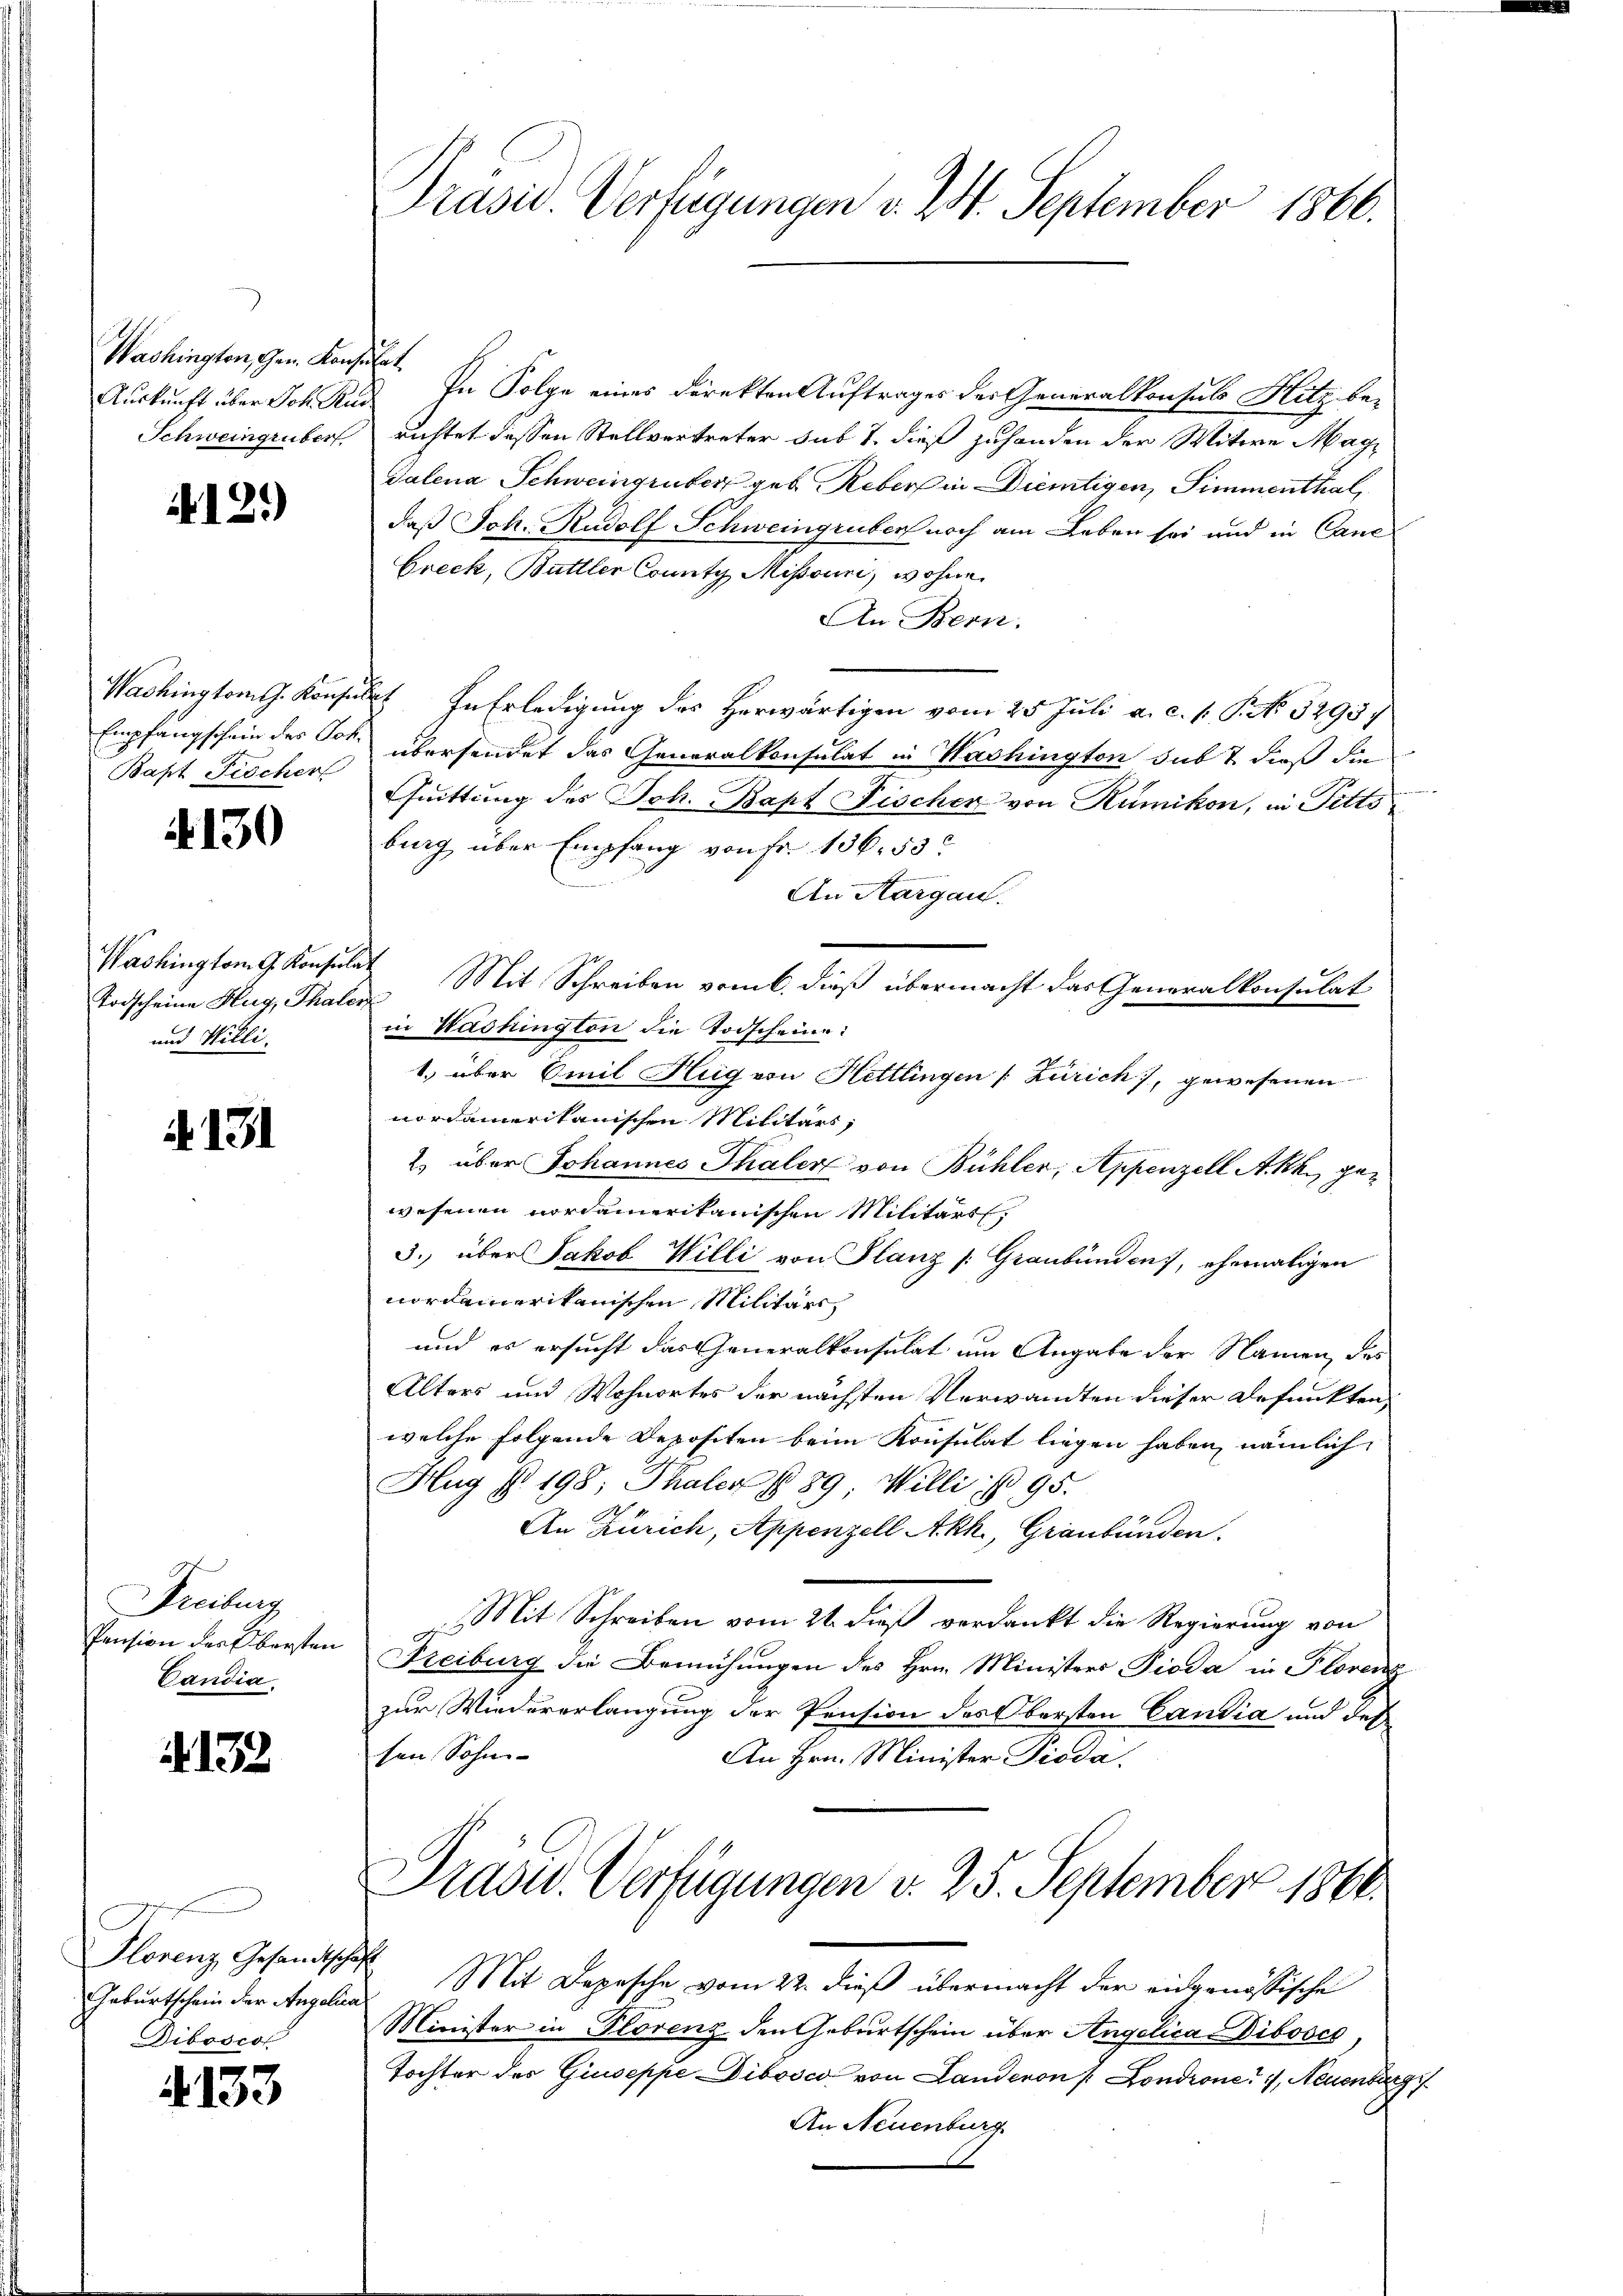
Washington, Gen. Konse
Auskunft über Joh. Ri
Schweingruber

12.)

Washingtonis. Konsul
Empfangschein des Joh.
Bapt Fischer

130

Washington G. Konsula
Todscheine Hug, Thaler
und Willi

. 131

Freiburg,
Pension der Obersten
Candia.

4132

Florenz Gesandtschaf
Geburtschein der Angelica
Diboscol

4133

Präsid Verfügungen v. 24. September 1866.

. In Folge eines Direkten Auftrages der Generalkonsuls Hitz be-
richtet dessen Stellvertreter sub 7. dieß zuhanden der Witwe Mag¬
Talena Schweingruber geb. Reber in Dietigen, Simmenthal,
daß Joh. Rudolf Schweingruben noch am Leben sei und in Canc
Greck, Buttler County Misouni, wohne
An Bern.
 In Erledigung des Herwärtigen vom 25. Juli a. c. 1. P. No 3295
übersendet das Generalkonsulat in Washington subt dieß die
Cuittung des Joh. Bapt Fischer von Rümikon, in Pitts
burg über Empfang von Fr. 136. 53
An Aargau.
Mit Schreiben vom 6. dieß übermacht das Generalkonsulat
in Washington die Todscheine:
1) über Emil Hug von Hettlingen (Zürich, gewesenen
nordamerikanischen Militärs,
2) über Johannes Thaler von Bühler, Appenzell A.Rh., gewesenen nordamerikanischen Militäris
3. über Jakob Willi von Planz Graubünden, ehemaligen
nordamerikanischen Militärs,
und es ersucht das Generalkonsulat um Angabe der Namen, des
Alters und Wohnortes der nächsten Verwandten dieser Defunkten
welche folgende Depositen beim Konsulat liegen haben, nämlich
Hug § 198; Thaler No 89. Willi u. 95.
t
An Zürich, Appenzell Akh., Graubünden.
Mit Schreiben vom 21. dieß verdankt die Regierung von
Freiburg die Bemühungen des Hrn. Ministers Pioda in Plorenz
zur Wiedererlangung der Pension des Obersten Candia und des
sen Sohn
An Hrn. Minister Pioda
Präsid. Verfügungen v. 25. September 1864.
 Mit Depesche vom 22. dieß übermacht der eingenössische
Minister in Plorenz den Geburtschein über Angelica Dibosco,
Tochter des Giuseppe Dibosco von Landeron Londrone 1, Neuenburg
An Neuenburg